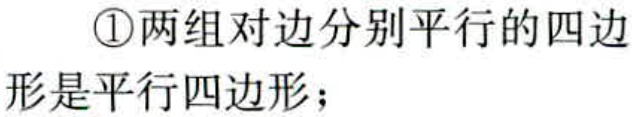
\textcircled{1}两组对边分别平行的四边形是平行四边形；